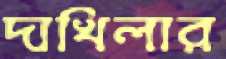
দাখিলার